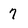
Character: 7